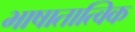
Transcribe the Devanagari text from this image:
भाषातात्विक